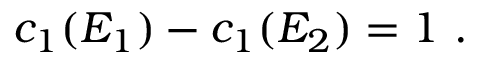
c _ { 1 } ( E _ { 1 } ) - c _ { 1 } ( E _ { 2 } ) = 1 \ .